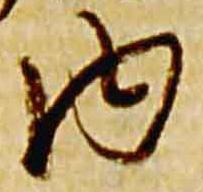
内